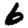
Digit: 6